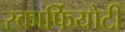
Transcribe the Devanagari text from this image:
स्कार्फियोटी